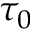
\tau _ { 0 }